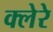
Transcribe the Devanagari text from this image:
क्लेरे